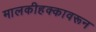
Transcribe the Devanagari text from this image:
मालकीहक्कावरून